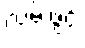
လမ်းဖွင့်